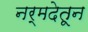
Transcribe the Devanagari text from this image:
नर्मदेतून